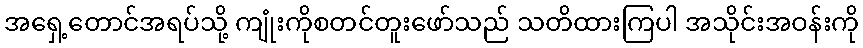
အရှေ့တောင်အရပ်သို့ ကျုံးကိုစတင်တူးဖော်သည် သတိထားကြပါ အသိုင်းအဝန်းကို